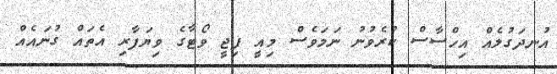
އުނދަގުލެއް އިހްސާސް ކުރެވުނު ނަމަވެސް މިއީ ފިޖީ ވޯޓާގެ ވިޔަފާރި އެތައް ގުނައެއް